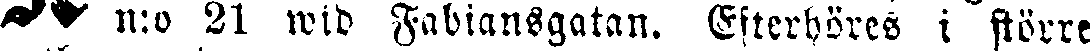
n:o 21 wid Fabiansgatan. Efterhöres i större